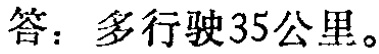
答：多行驶35公里。